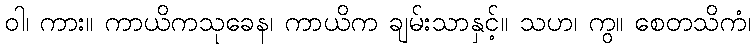
ဝါ၊ ကား။ ကာယိကသုခေန၊ ကာယိက ချမ်းသာနှင့်။ သဟ၊ ကွ။ စေတသိကံ၊